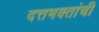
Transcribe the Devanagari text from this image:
दत्तभक्तांची